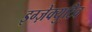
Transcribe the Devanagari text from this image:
इग्ज़ेक्युटिव